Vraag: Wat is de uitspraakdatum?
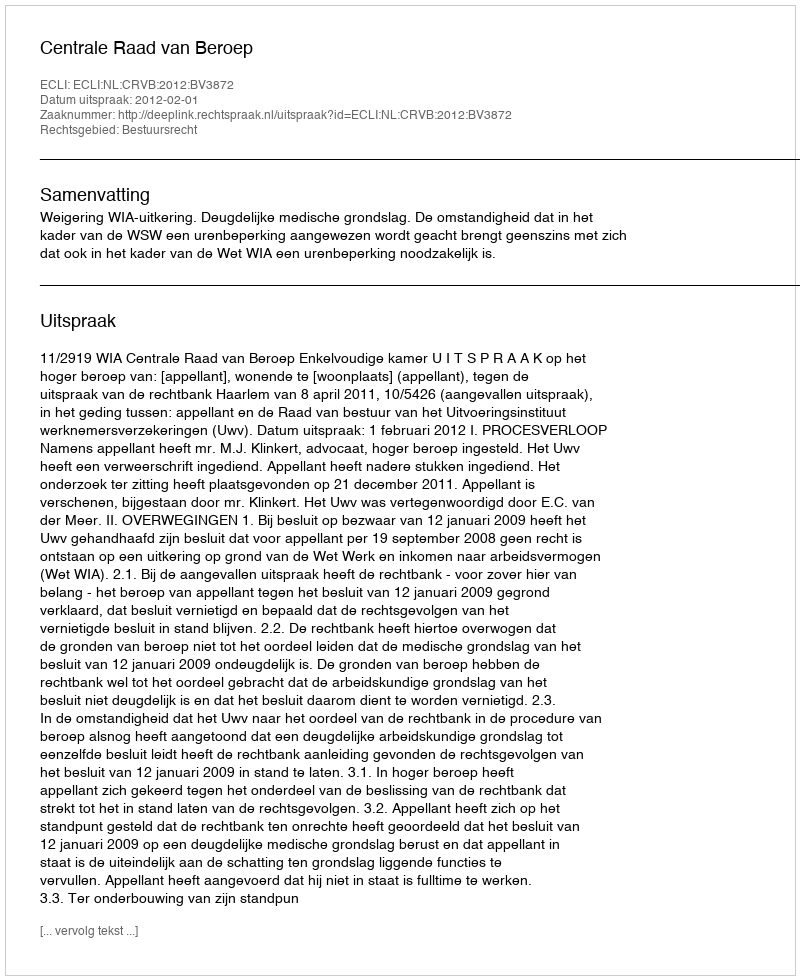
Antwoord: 2012-02-01